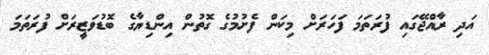
އަދި ރާއްޖޭގައި ފުރަތަމަ ފަހަރަށް މިކަން ފެށުމުގެ ގޮތުން އިންޑިޔާގެ ބޮޑުވަޒީރަށް ފުރަތަމަ